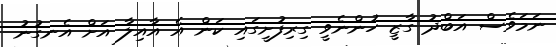
ނަމަވެސް އަބްދު ގާޒީ ހުންނެވީ ގިރިފުށީގައި ކަން އެ އާއިލާ އަށް އެނގުނު